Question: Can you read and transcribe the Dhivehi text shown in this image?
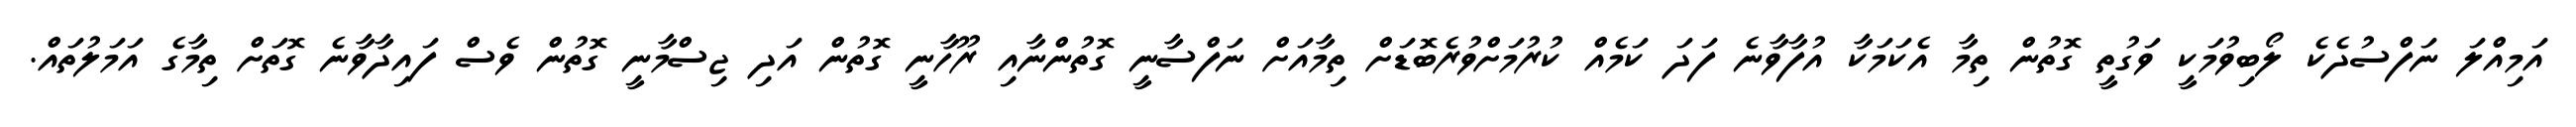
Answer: އަމިއްލަ ނަފްސުދެކެ ލޯބިވުމަކީ ވަގުތީ ގޮތުން ތިމާ އެކަމަކާ އުފާވާނެ ފަދަ ކަމެއް ކުރުމަށްވުރެބޮޑަށް ތިމާއަށް ނަފްސާނީ ގޮތުންނާއި ރޫހާނީ ގޮތުން އަދި ޖިސްމާނީ ގޮތުން ވެސް ފައިދާވާނެ ގޮތަށް ތިމާގެ އަމަލުތައް.